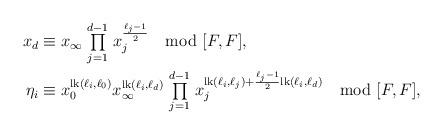
LaTeX: \begin{align*}x_d &\equiv x_{\infty}\underset{j=1}{\stackrel{d-1}{\textstyle{\prod}}} x_j^{\frac{\ell_j -1}{2}} \mod{[F,F]} , \\\eta_i &\equiv x_0^{\mathrm{lk}(\ell_i,\ell_0)} x_{\infty}^{\mathrm{lk}(\ell_i,\ell_d)} \underset{j=1}{\stackrel{d-1}{\textstyle{\prod}}} x_j^{\mathrm{lk}(\ell_i,\ell_j)+\frac{\ell_j -1}{2}\mathrm{lk}(\ell_i,\ell_d)} \mod{[F,F]} , \end{align*}